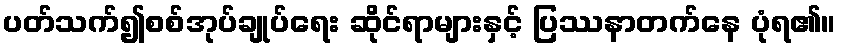
ပတ်သက်၍စစ်အုပ်ချုပ်ရေး ဆိုင်ရာများနှင့် ပြဿနာတက်နေ ပုံရ၏။